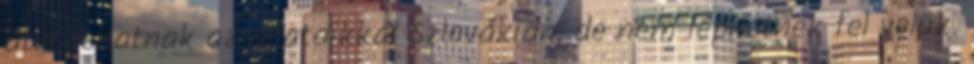
átutazhatnak az állataikkal Szlovákián, de nem léphetnek fel velük.